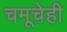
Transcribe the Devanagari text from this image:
चमूचेही